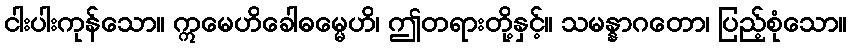
ငါးပါးကုန်သော။ ဣမေဟိခေါဓမ္မေဟိ၊ ဤတရားတို့နှင့်။ သမန္နာဂတော၊ ပြည့်စုံသော။